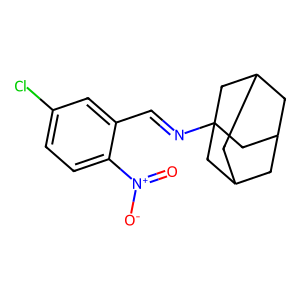
SMILES: O=[N+]([O-])c1ccc(Cl)cc1C=NC12CC3CC(CC(C3)C1)C2
Inhibits HIV replication: No